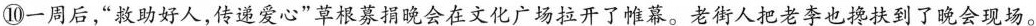
⑩一周后，”救助好人，传递爱心”草根募捐晚会在文化广场拉开了帷幕。老街人把老李也搀扶到了晚会现场。